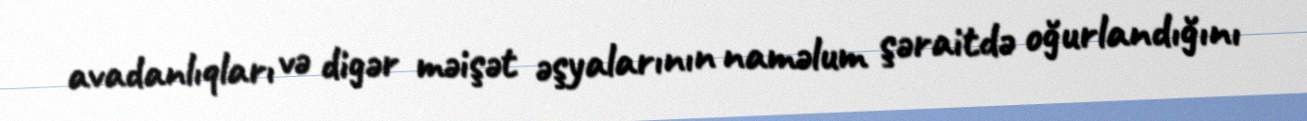
avadanlıqları və digər məişət əşyalarının naməlum şəraitdə oğurlandığını